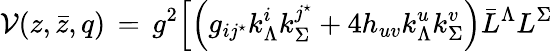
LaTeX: {\mathcal V}(z,\bar{z},q)\, =\, g^{2}\Bigl[\left(g_{ij^{\star}}k_{\Lambda}^{i}k_{\Sigma}^{j^{\star}}+4h_{uv}k_{\Lambda}^{u}k_{\Sigma}^{v}\right)\bar{L}^{\Lambda}L^{\Sigma}